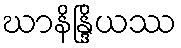
ဃာနိန္ဒြိယဿ